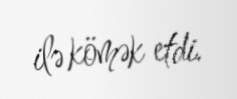
ilə kömək etdi.